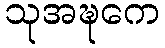
သုအဍ္ဎကေ